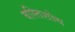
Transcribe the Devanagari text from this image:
बस्तिशोथ